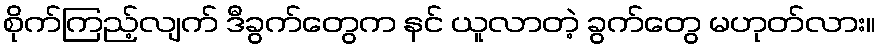
စိုက်ကြည့်လျက် ဒီခွက်တွေက နင် ယူလာတဲ့ ခွက်တွေ မဟုတ်လား။